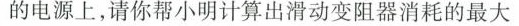
的电源上，请你帮小明计算出滑动变阻器消耗的最大